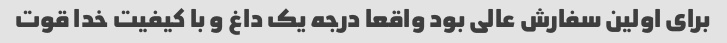
برای اولین سفارش عالی بود واقعا درجه یک داغ و با کیفیت خدا قوت